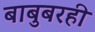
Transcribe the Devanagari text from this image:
बाबुबरही